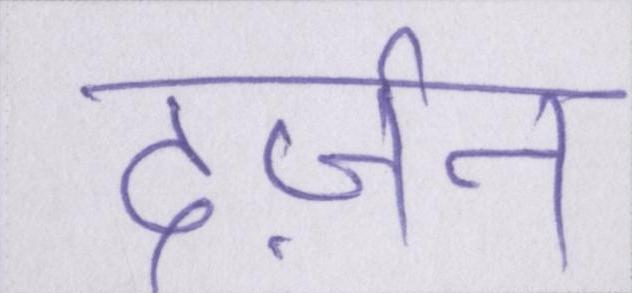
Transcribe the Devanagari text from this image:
दर्ज़न